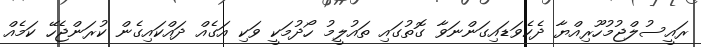
ރައީސުލްޖުމުހޫރިއްޔާ ދެކެވަޑައިގަންނަވާ ގޮތުގައި ތައުލީމު ހޯދުމަކީ ވަކި އަގެއް ދައްކައިގެން ކުރަންޖެހޭ ކަމެއް